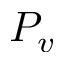
P _ { v }